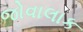
જોવાલાક